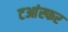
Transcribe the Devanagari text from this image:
टआंस्फर